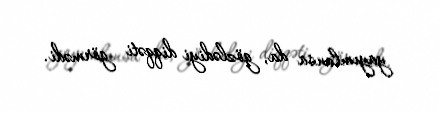
yayımlansa da, gözlədiyi diqqəti görmədi.